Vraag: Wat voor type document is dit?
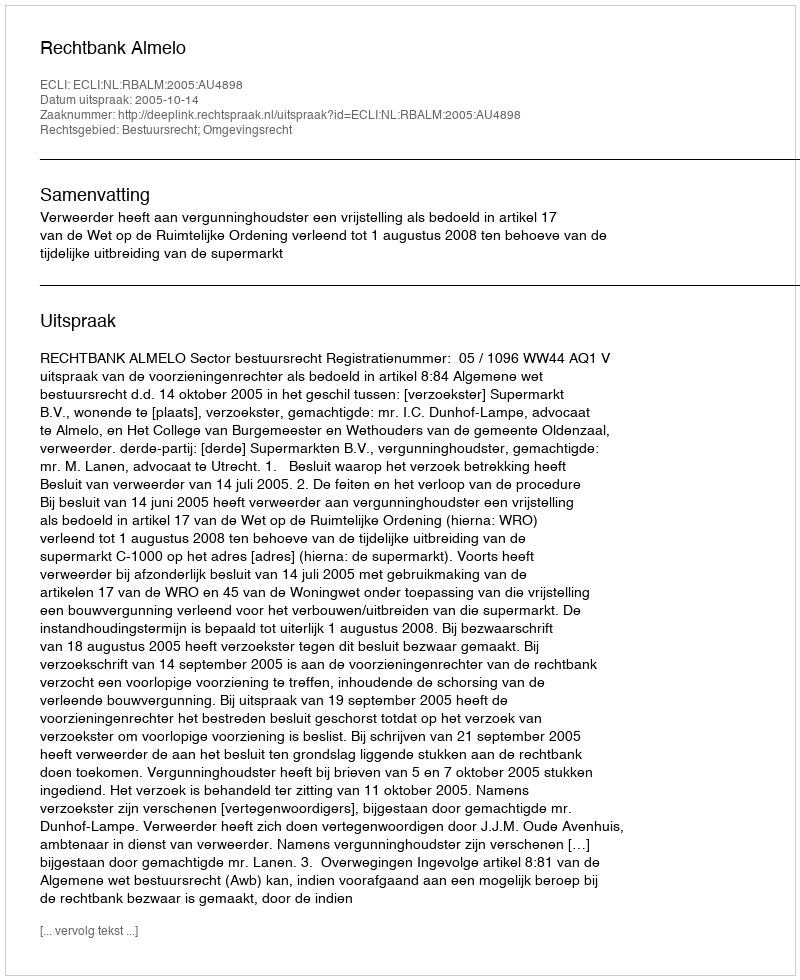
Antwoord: Uitspraak